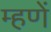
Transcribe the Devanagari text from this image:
म्हणें